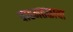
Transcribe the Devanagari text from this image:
वाहनतळाचा